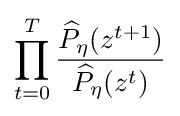
\prod _{t=0}^{T}{\frac {{\widehat {P}}_{\eta }(z^{t+1})}{{\widehat {P}}_{\eta }(z^{t})}}